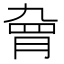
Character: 𱼊